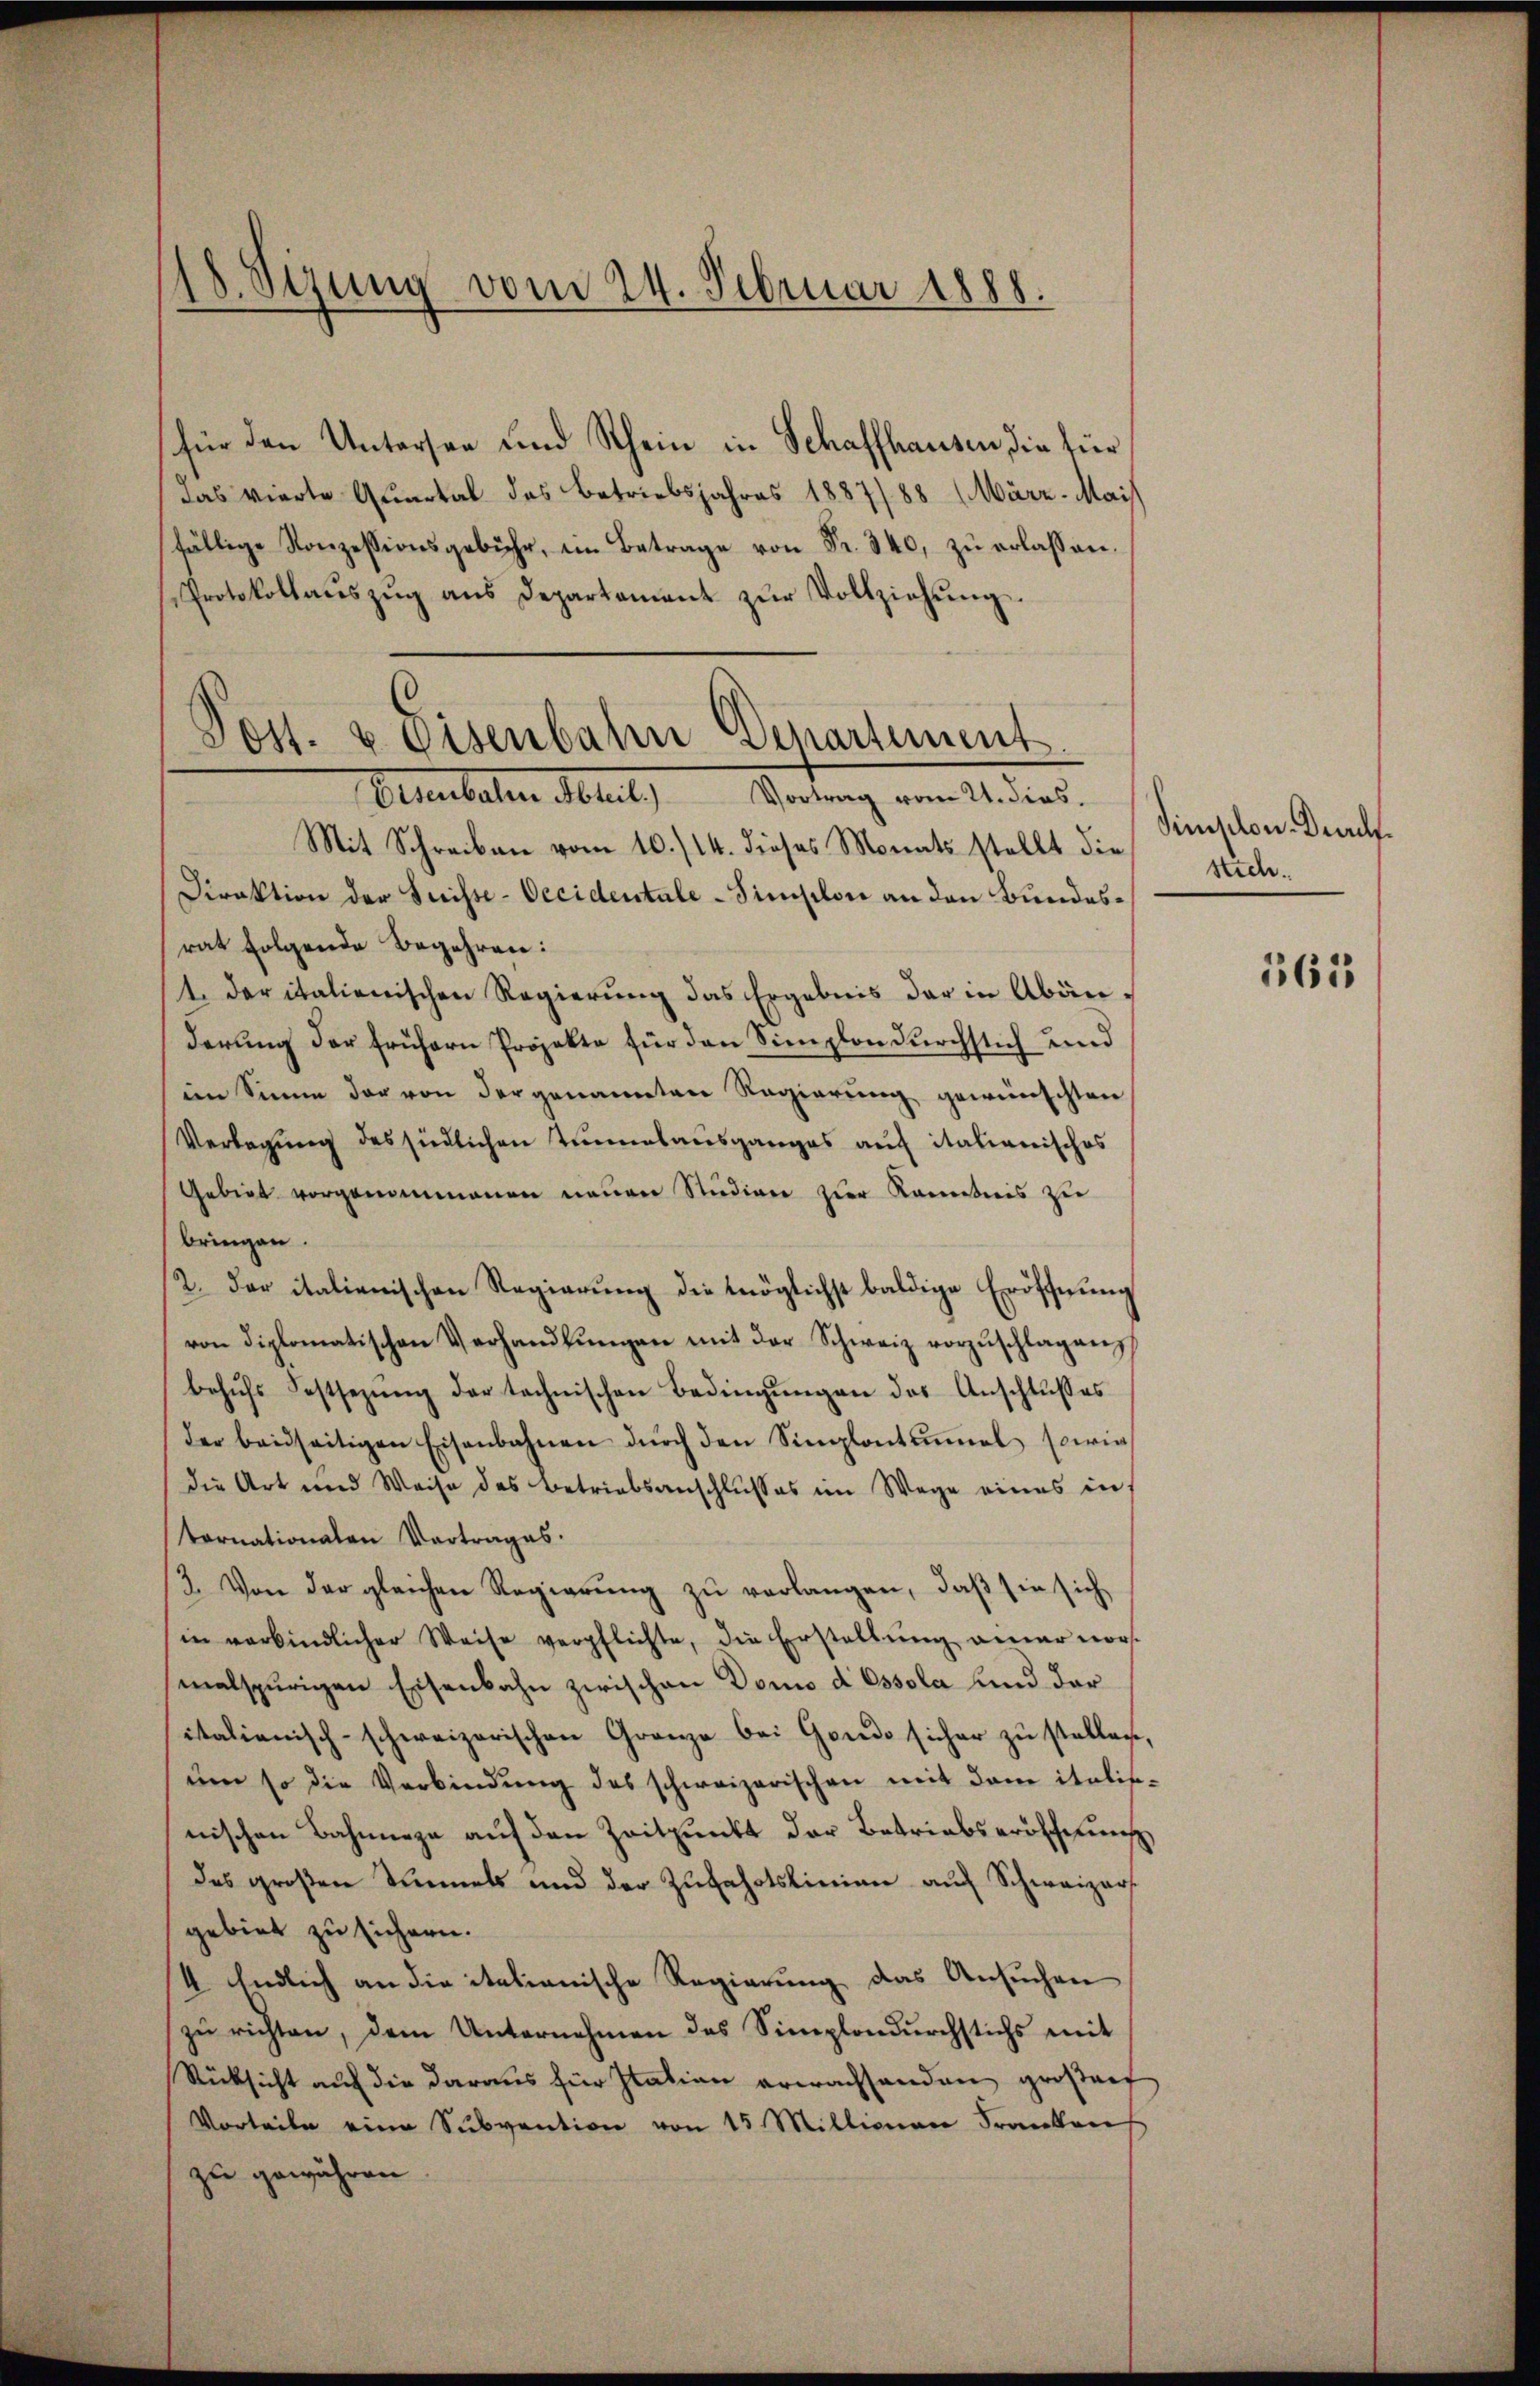
18. Sezung vom 24. Februar 1888.

für den Untersee und Rhein in Schaffhausen, die für
Das vierte Quartal des Betriebsjahres 1887/88 (März. Mais
fällige Konzessionsgebühr, im Betrage von Fr. 340, zu erlassen.
Protokollaŭszŭg ans Departament zŭr Vollziehŭng.

Post- & Eisenbahn Departement.
Eisenbale Abteil) Vortrag vom 21. dies

Mit Schreiben vom 10./14. dieses Monats stellt die
Direktion der Suisse-Occidentale - Simselon an den Bundesrat folgende Begehren:
1. Der italienischen Regierung das Ergebnis der in Abänderung der frühern Projekte für den Simplon durchstich und
im Sinne der von der genannten Regierung gewünschten
Verlegung des siedlichen Tannesausganges auf italianisches
Gebiet vorgenommenen neuen Studien zur Kenntnis zu
bringen.
2. der italienischen Regierŭng die möglichst baldige Eröffnung
von diplomatischen Verhandlŭngen mit der Schweiz vorzŭschlagen,
behŭfs Festsezŭng der technischen Bedingŭngen des Anschlußes
der beidseitigen Eisenbahnen dŭrch den Simplontumal sowie
die Art und Weise des Betriebsanschlŭsses im Wege eines in
sternationaten Vortrages.
2. Von der gleichen Regierung zu verlangen, daß sie sich
in verbindlicher Weise verpflichte, die Erstellŭng aner vors
malspurigen Eisenbahn zwischen Domo d Ossola und dar
italienisch-schweizerischen Granze bei Gondo sicher zŭ stellen,
ŭm so die Verbindŭng des schweizerischen mit dem italis-
nischen Bahnnege auf den Zeitpunkt der Betriebseröffnung,
das großen Sinnels und der Zufahrtslinien auf Schweizers
gebiet zu sichern.
4 Endlich an die italianische Regierung das Ansuchen
zŭ richten, dem Unternehmen des Simplondurchstichs mit
Rücksicht auf die daraus für Itation erwachsenden großart
Vorteile eine Subvention von 15 Millionen Franken
zu gewähren.

Sinischon Druck.
stich.

561